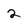
Character: 2